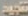
تنجيد